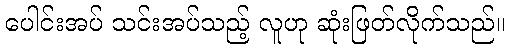
ပေါင်းအပ် သင်းအပ်သည့် လူဟု ဆုံးဖြတ်လိုက်သည်။